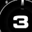
Digit: 3